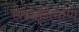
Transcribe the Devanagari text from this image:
स्तंभनिर्माण